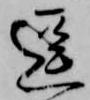
逗